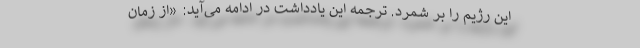
این رژیم را بر شمرد. ترجمه این یادداشت در ادامه می‌آید: «از زمان